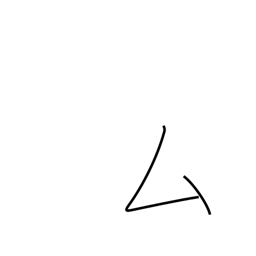
Meaning: katakana mu radical (no. 28)